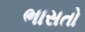
ભાસતો